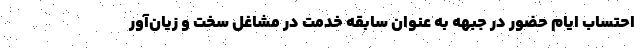
احتساب ایام حضور در جبهه به عنوان سابقه خدمت در مشاغل سخت و زیان‌آور